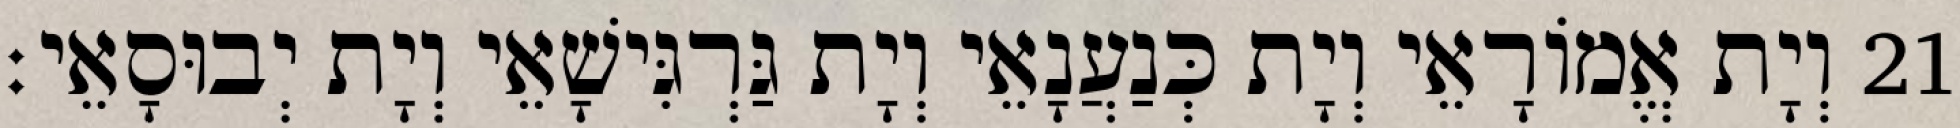
21 וְיָת אֱמוֹרָאֵי וְיָת כְּנַעֲנָאֵי וְיָת גַּרְגִּישָׁאֵי וְיָת יְבוּסָאֵי׃